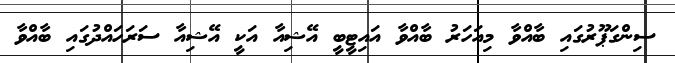
ސިންގަޕޫރުގައި ބާއްވާ މިއަހަރު ބާއްވާ އައިޓީބީ އޭޝިއާ އަކީ އޭޝިއާ ސަރަހައްދުގައި ބާއްވާ